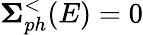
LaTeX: \mathbf{\Sigma}_{ph}^{<}(E)=0